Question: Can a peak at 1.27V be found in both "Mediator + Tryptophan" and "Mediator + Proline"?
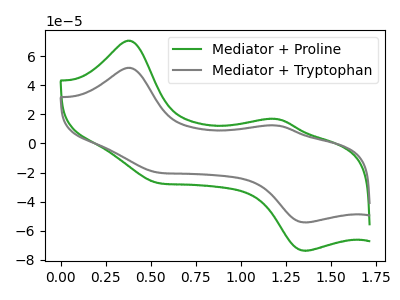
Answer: <think>The green curve "Mediator + Proline" has anodic peaks at (0.35V, 70.80uA) (1.20V, 16.90uA) and cathodic peaks at (0.55V, -27.00uA) (1.35V, -73.90uA). The gray curve "Mediator + Tryptophan" has anodic peaks at (0.35V, 52.15uA) (1.20V, 12.45uA) and cathodic peaks at (0.55V, -19.85uA) (1.35V, -54.40uA).</think>
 <answer>No, "Mediator + Tryptophan" and "Mediator + Proline" dont share a peak at 1.27V.</answer>
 <eval>mismatch</eval>